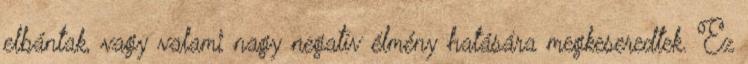
elbántak, vagy valami nagy negatív élmény hatására megkeseredtek. Ez